Indian journal of veterinary science and animal husbandry - Volumes 18-21, 1948-1951
Year: 1948
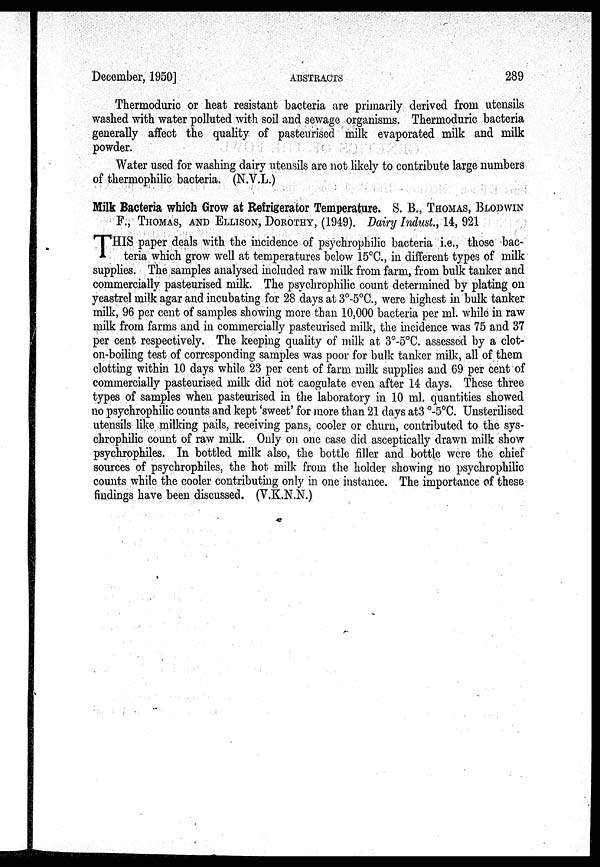
December, 1950]
ABSTRACTS
289
Thermoduric or heat resistant bacteria are primarily derived from utensils
washed with water polluted with soil and sewage organisms. Thermoduric bacteria
generally affect the quality of pasteurised milk evaporated milk and milk
powder.
Water used for washing dairy utensils are not likely to contribute large numbers
of thermophilic bacteria. (N.V.L.)
Milk Bacteria which Grow at Refrigerator Temperature. S. B., THOMAS, BLODWIN
F., THOMAS, AND ELLISON, DOROTHY, (1949). Dairy Indust., 14, 921
T HIS paper deals with the incidence of psychrophilic bacteria i.e., those bac-
teria which grow well at temperatures below 15ºC., in different types of milk
supplies. The samples analysed included raw milk from farm, from bulk tanker and
commercially pasteurised milk. The psychrophilic count determined by plating on
yeastrel milk agar and incubating for 28 days at 3º-5ºC., were highest in bulk tanker
milk, 96 per cent of samples showing more than 10,000 bacteria per ml. while in raw
milk from farms and in commercially pasteurised milk, the incidence was 75 and 37
per cent respectively. The keeping quality of milk at 3º-5ºC. assessed by a clot¬
on-boiling test of corresponding samples was poor for bulk tanker milk, all of them
clotting within 10 days while 23 per cent of farm milk supplies and 69 per cent of
commercially pasteurised milk did not caogulate even after 14 days. These three
types of samples when pasteurised in the laboratory in 10 ml. quantities showed
no psychrophilic counts and kept 'sweet' for more than 21 days at3º-5ºC. Unsterilised
utensils like milking pails, receiving pans, cooler or churn, contributed to the sys-
chrophilic count of raw milk. Only on one case did asceptically drawn milk show
psychrophiles. In bottled milk also, the bottle filler and bottle were the chief
sources of psychrophiles, the hot milk from the holder showing no psychrophilic
counts while the cooler contributing only in one instance. The importance of these
findings have been discussed. (V.K.N.N.)